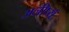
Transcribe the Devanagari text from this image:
अनीर्ष्य